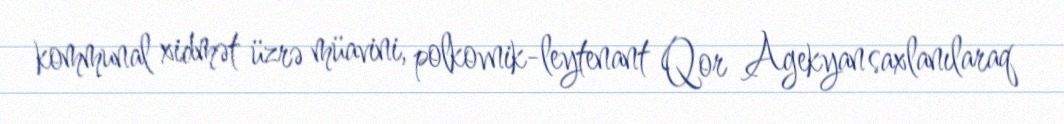
kommunal xidmət üzrə müavini, polkovnik-leytenant Qor Agekyan saxlanılaraq